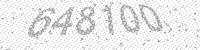
Solution: 648100